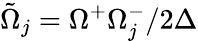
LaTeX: \tilde{\Omega}_{j}=\Omega^{+}\Omega_{j}^{-}/2\Delta